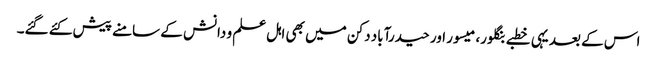
اس کے بعد یہی خطبے بنگلور، میسور اور حیدرآباد دکن میں بھی اہل علم و دانش کے سامنے پیش کئے گئے۔